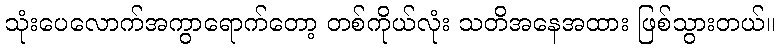
သုံးပေလောက်အကွာရောက်တော့ တစ်ကိုယ်လုံး သတိအနေအထား ဖြစ်သွားတယ်။